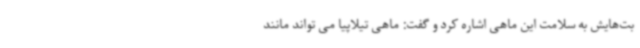
بت‌هایش به سلامت این ماهی اشاره کرد و گفت: ماهی تیلاپیا می تواند مانند